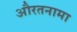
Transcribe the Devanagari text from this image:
औरतनामा